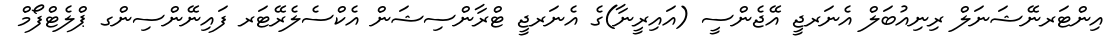
އިންޓަރނޭޝަނަލް ރިނިއުބަލް އެނަރޖީ އޭޖެންސީ (އައިރީނާ)ގެ އެނަރޖީ ޓްރާންސިޝަން އެކްސެލެރޭޓަރ ފައިނޭންސިންގ ޕްލެޓްފޯމް